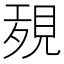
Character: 𧠱